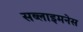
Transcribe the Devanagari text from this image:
सब्लाइमनेस